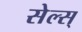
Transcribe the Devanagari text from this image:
सेल्स्